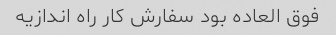
فوق العاده بود سفارش کار راه اندازیه